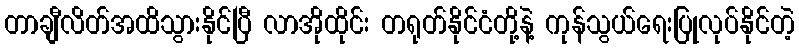
တာချီလိတ်အထိသွားနိုင်ပြီ လာအိုထိုင်း တရုတ်နိုင်ငံတို့နဲ့ ကုန်သွယ်ရေးပြုလုပ်နိုင်တဲ့